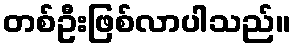
တစ်ဦးဖြစ်လာပါသည်။